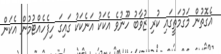
އެގޮތުން މަގުމަތީގައި ކުރި ޒުވާބު ހޫނުވެ އެކަކު އަނެކަކު ގައިގަ ހިފެހެއްޓުމުން އެކަން